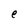
Character: e